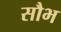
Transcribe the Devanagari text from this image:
सौभ